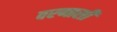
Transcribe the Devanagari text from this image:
वरणासी